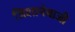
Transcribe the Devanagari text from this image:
जिशानेबाजी